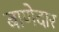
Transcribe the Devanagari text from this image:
बाणेदार